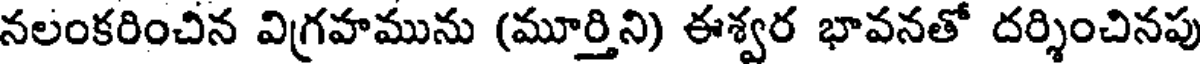
నలంకరించిన విగ్రహమును (మూర్తిని) ఈశ్వర భావనతో దర్శించినపు